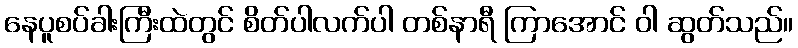
နေပူစပ်ခါးကြီးထဲတွင် စိတ်ပါလက်ပါ တစ်နာရီ ကြာအောင် ဝါ ဆွတ်သည်။